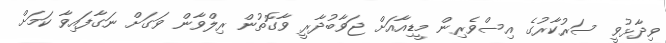
ވިދާޅުވީ ސަރުކާރުގެ އިސްވެރިން މީޑިއާއަށް ޖަވާބުދާރީ ވާގޮތުން ރިލްވާން ވަގަށް ނަގާފައިވާ ކަމަށް